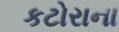
કટોરાના